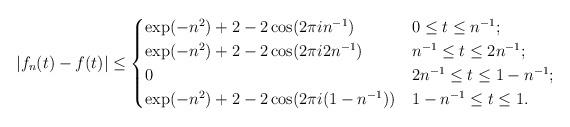
LaTeX: \begin{align*}|f_n(t) - f(t)|\le \begin{cases}\exp(-n^2) + 2 - 2 \cos(2\pi i n^{-1}) & 0 \le t \le n^{-1};\\\exp(-n^2) + 2 - 2 \cos(2\pi i 2n^{-1}) & n^{-1} \le t \le 2n^{-1}; \\0 & 2n^{-1} \le t \le 1- n^{-1};\\\exp(-n^2) + 2 - 2 \cos(2\pi i (1 - n^{-1})) & 1- n^{-1} \le t \le 1.\end{cases}\end{align*}